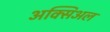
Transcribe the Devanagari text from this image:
अक्सिअल